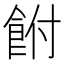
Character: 𩚭